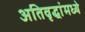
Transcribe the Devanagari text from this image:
अतिवृद्धांमध्ये